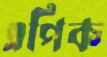
এপিক